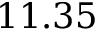
1 1 . 3 5